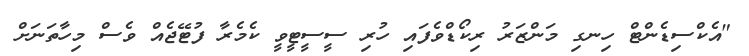
"އެކްސިޑެންޓް ހިނގި މަންޒަރު ރިކޯޑްވެފައި ހުރި ސީސީޓީވީ ކެމެރާ ފުޓޭޖެއް ވެސް މިހާތަނަށް